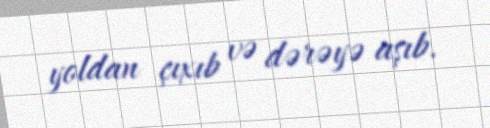
yoldan çıxıb və dərəyə aşıb.